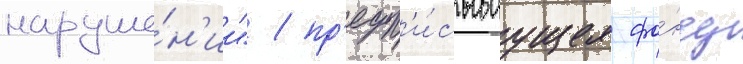
наруше́н'ии" / пр'едп'и́сываущее фо́нду